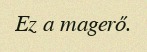
Ez a magerő.